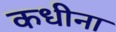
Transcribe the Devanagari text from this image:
कधीना